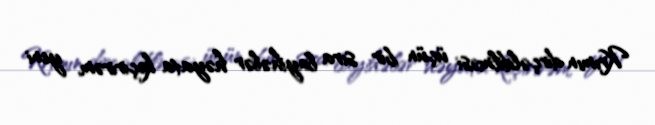
Krımın dirçəldilməsi üçün bir sıra layihələr həyata keçirirəm, yeni